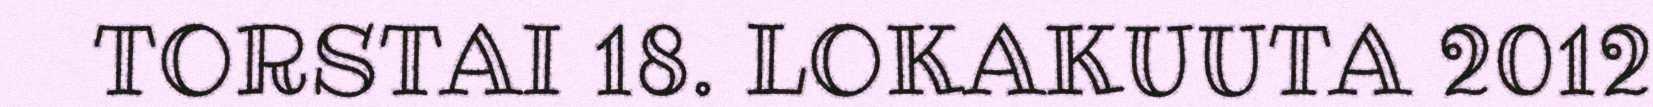
TORSTAI 18. LOKAKUUTA 2012